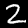
Digit: 2